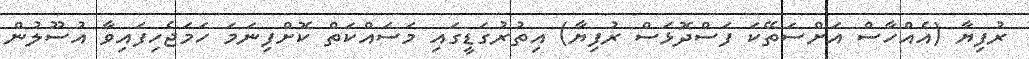
ރުފިޔާ (އެއްހާސް އަށްސަތޭކަ ފަސްދޮޅަސް ރުފިޔާ) އިތުރުގަޑީގައި މަސައްކަތް ކޮށްފިނަމަ ހަމަޖެހިފައިވާ އުސޫލުން